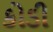
કોડી